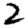
Digit: 2